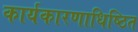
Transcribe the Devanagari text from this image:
कार्यकारणाधिष्ठित